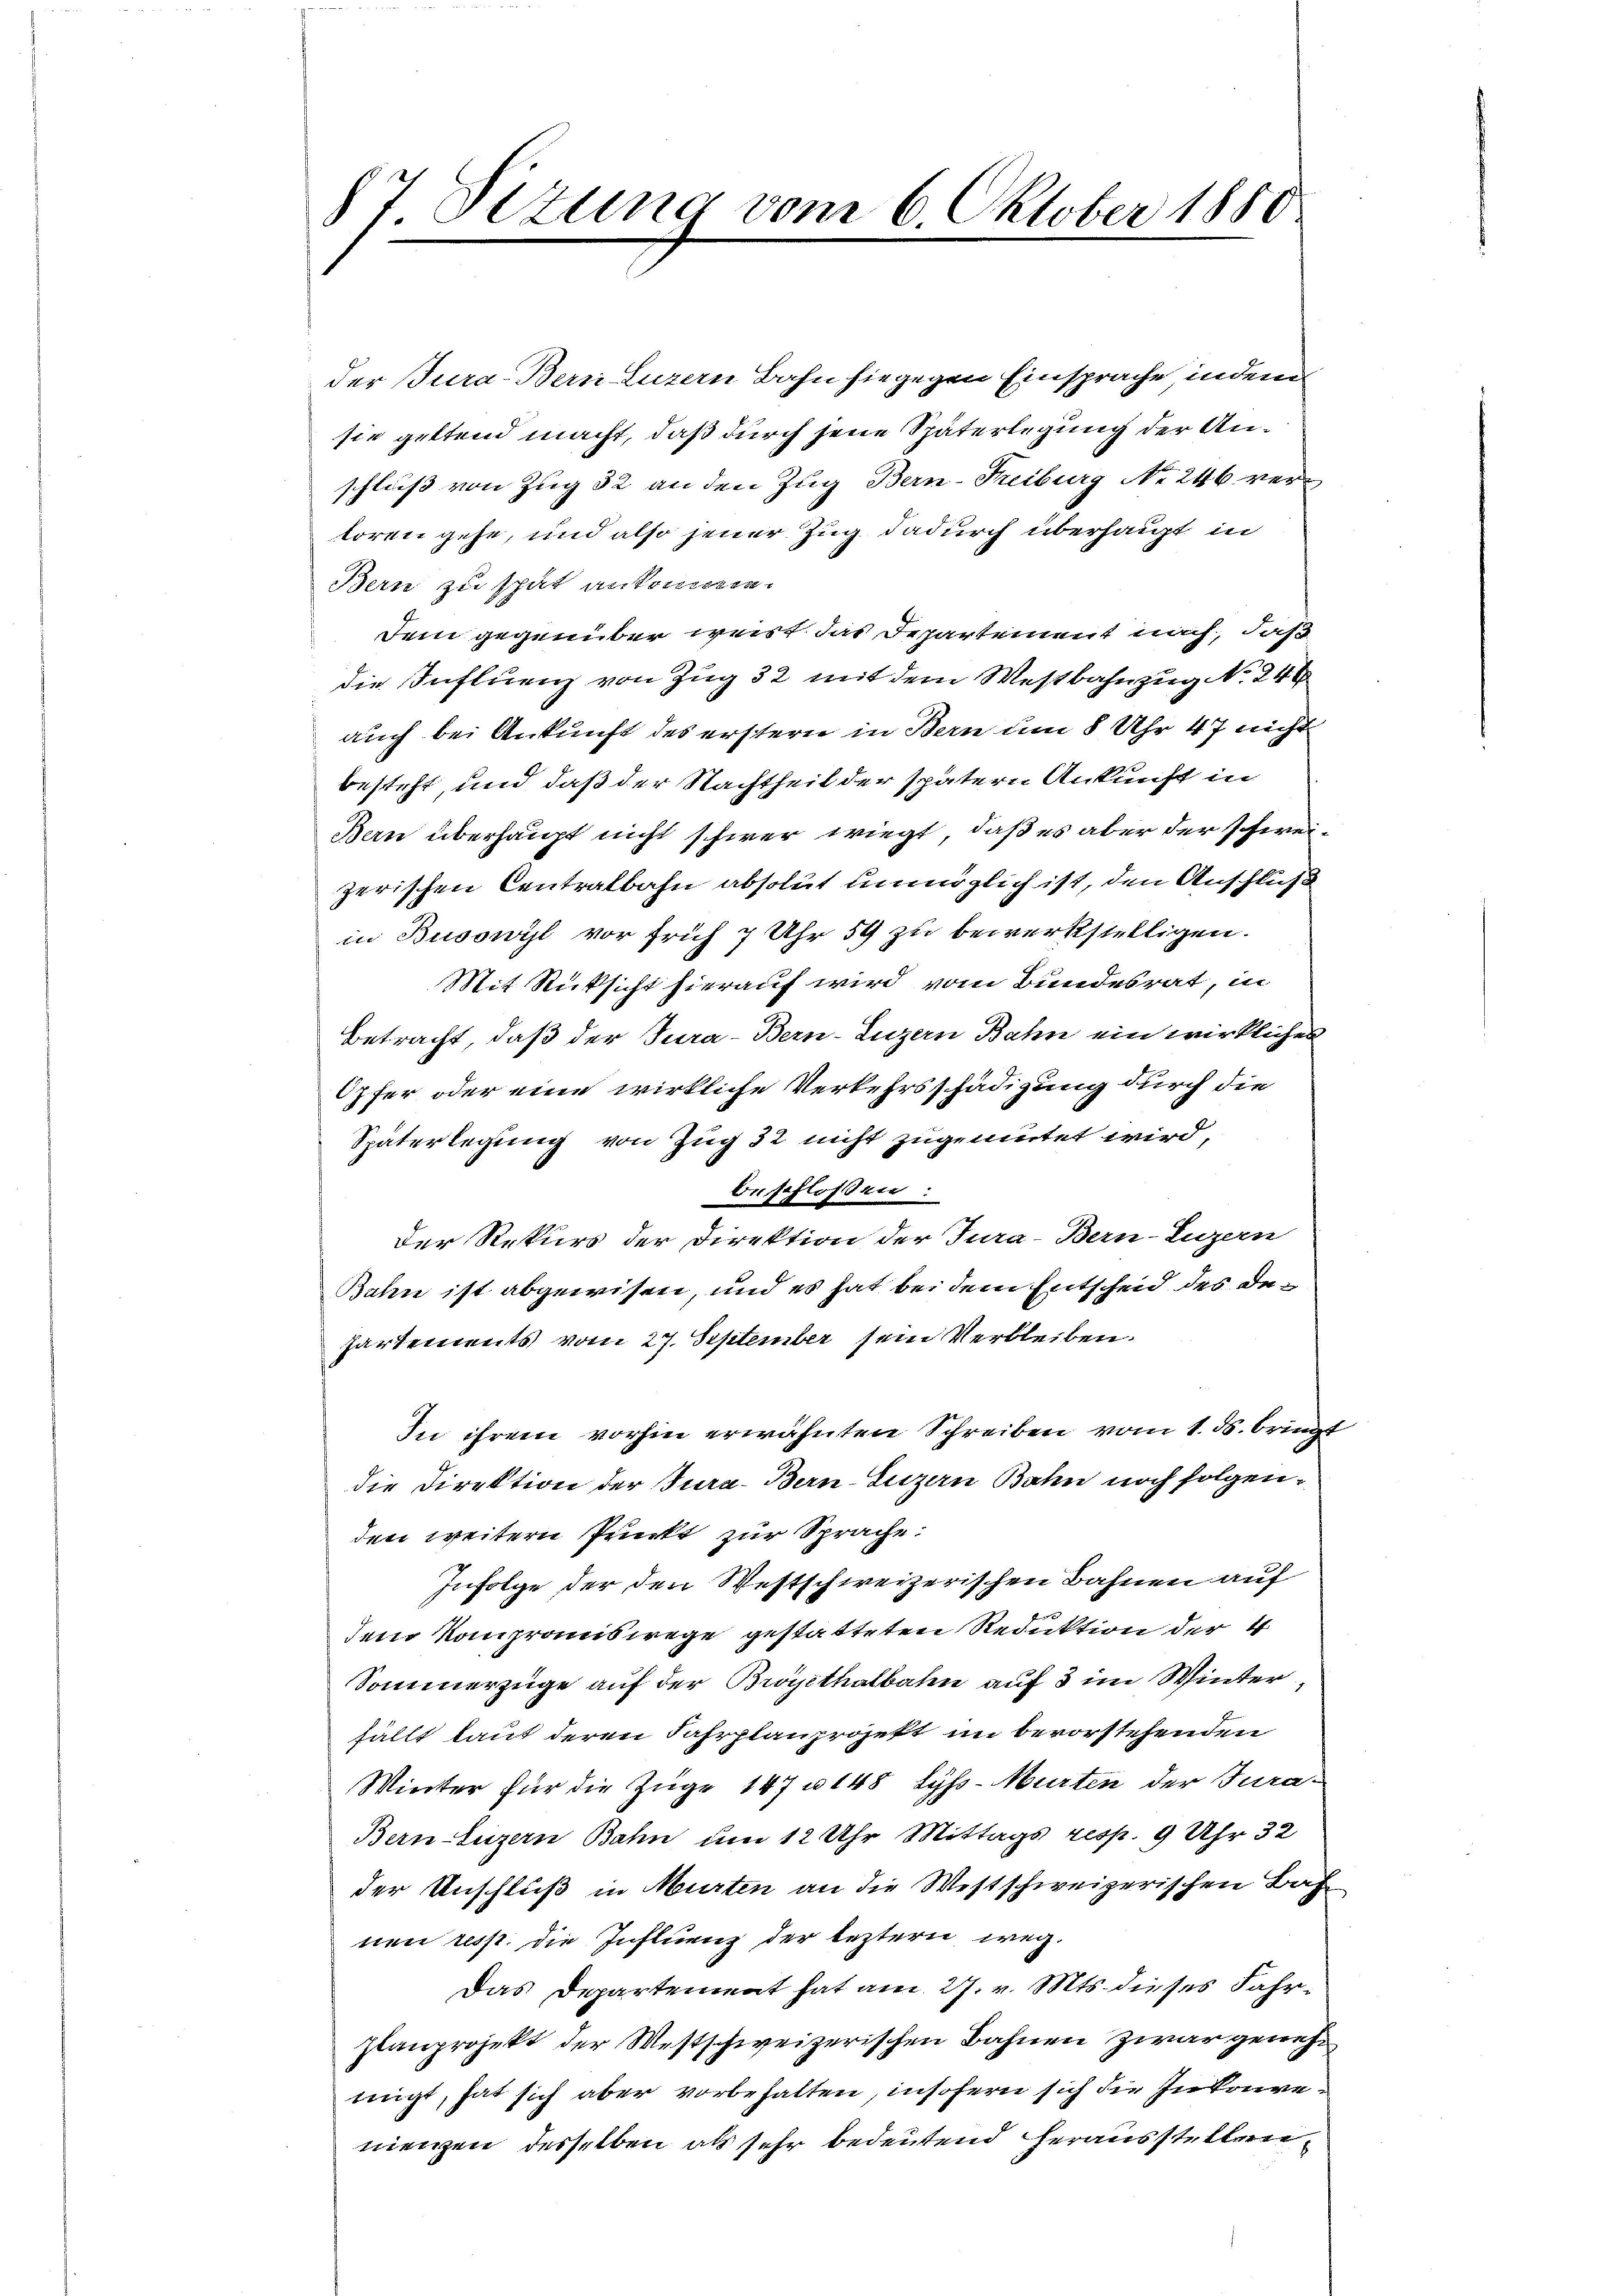
7 Sizung vom 6. Oktober 1880

der Jura. Bern Luzern Bahn hiegegen Einsprache indern
sie geltend macht, daß durch jene Späterlegung der Anschluß von Zug 32 an den Zug Bern-Freiburg No 246 vertoren gehe, und also jener Zug dadurch überhaupt in
Bern zu spät ankommen.
Dein gegenüber wert das Departement nach, daß
die Influenz von Zug 32 mit dem Westbahnzug No. 246
auch bei Ankunft des erstern in Bern um 8 Uhr 47 nicht
besteht, und daß der Nachtheil der spätern Ankunft in
Ben überhaupt nicht schwer wiegt, daß es aber der schweizerischen Centralbahn absolut unmöglich ist, den Anschluß
in Busswyl vor früh 7 Uhr 59 zu bewerkstelligen.
Mit Rücksicht hierauf wird vom Bundesrat, in
Betracht, daß der Tura-Bern-Luzern Bahn ein wirkliches
Opfer oder eine wirkliche Verkehrsschädigung durch die
Späterlegung von Zug 32 nicht zugemutet wird,
beschlossen:
Der Rekurs der Direktion der Tura-Bern-Luzern
Bahn ist abgewisen, und es hat bei dem Entscheid des dehartements vom 27. September sein Verbleiben.
In ihrem vorhin erwähnten Schreiben vom 1. ds. bringt
die Direktion der Jura. Bern-Luzern Bahn noch folgenden weitern Punkt zur Sprache.
Infolge der den Westschweizerischen Bahnen auf
dem Kompromiswege gestatteten Reduktion der 4
Sommerzüge auf der Broyethalbahn auf 3 im Winter
fällt laut deren Jahrplanprojekt im bevorstehenden
Winter für die Züge 147 u. 148 lyss-Murten der Jura¬
Bern Luzern Bahn um 12 Uhr Mittags resp. 9 Uhr 32
der Anschluß in Murten an die Westschweizerischen Bas
nen resp. die Influenz der leztern weg.
Das Departement hat am 27. v. Mts. dieses Fahrplanprojekt der Westschweizerischen Bahnen zwar genehringt, hat sich aber vorbehalten, insofern sich die Inkonvenienzen desselben als sehr bedeutend herausstellen,